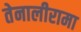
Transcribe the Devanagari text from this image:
तेनालीरामा